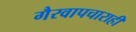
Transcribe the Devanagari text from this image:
गैरवापचाराही